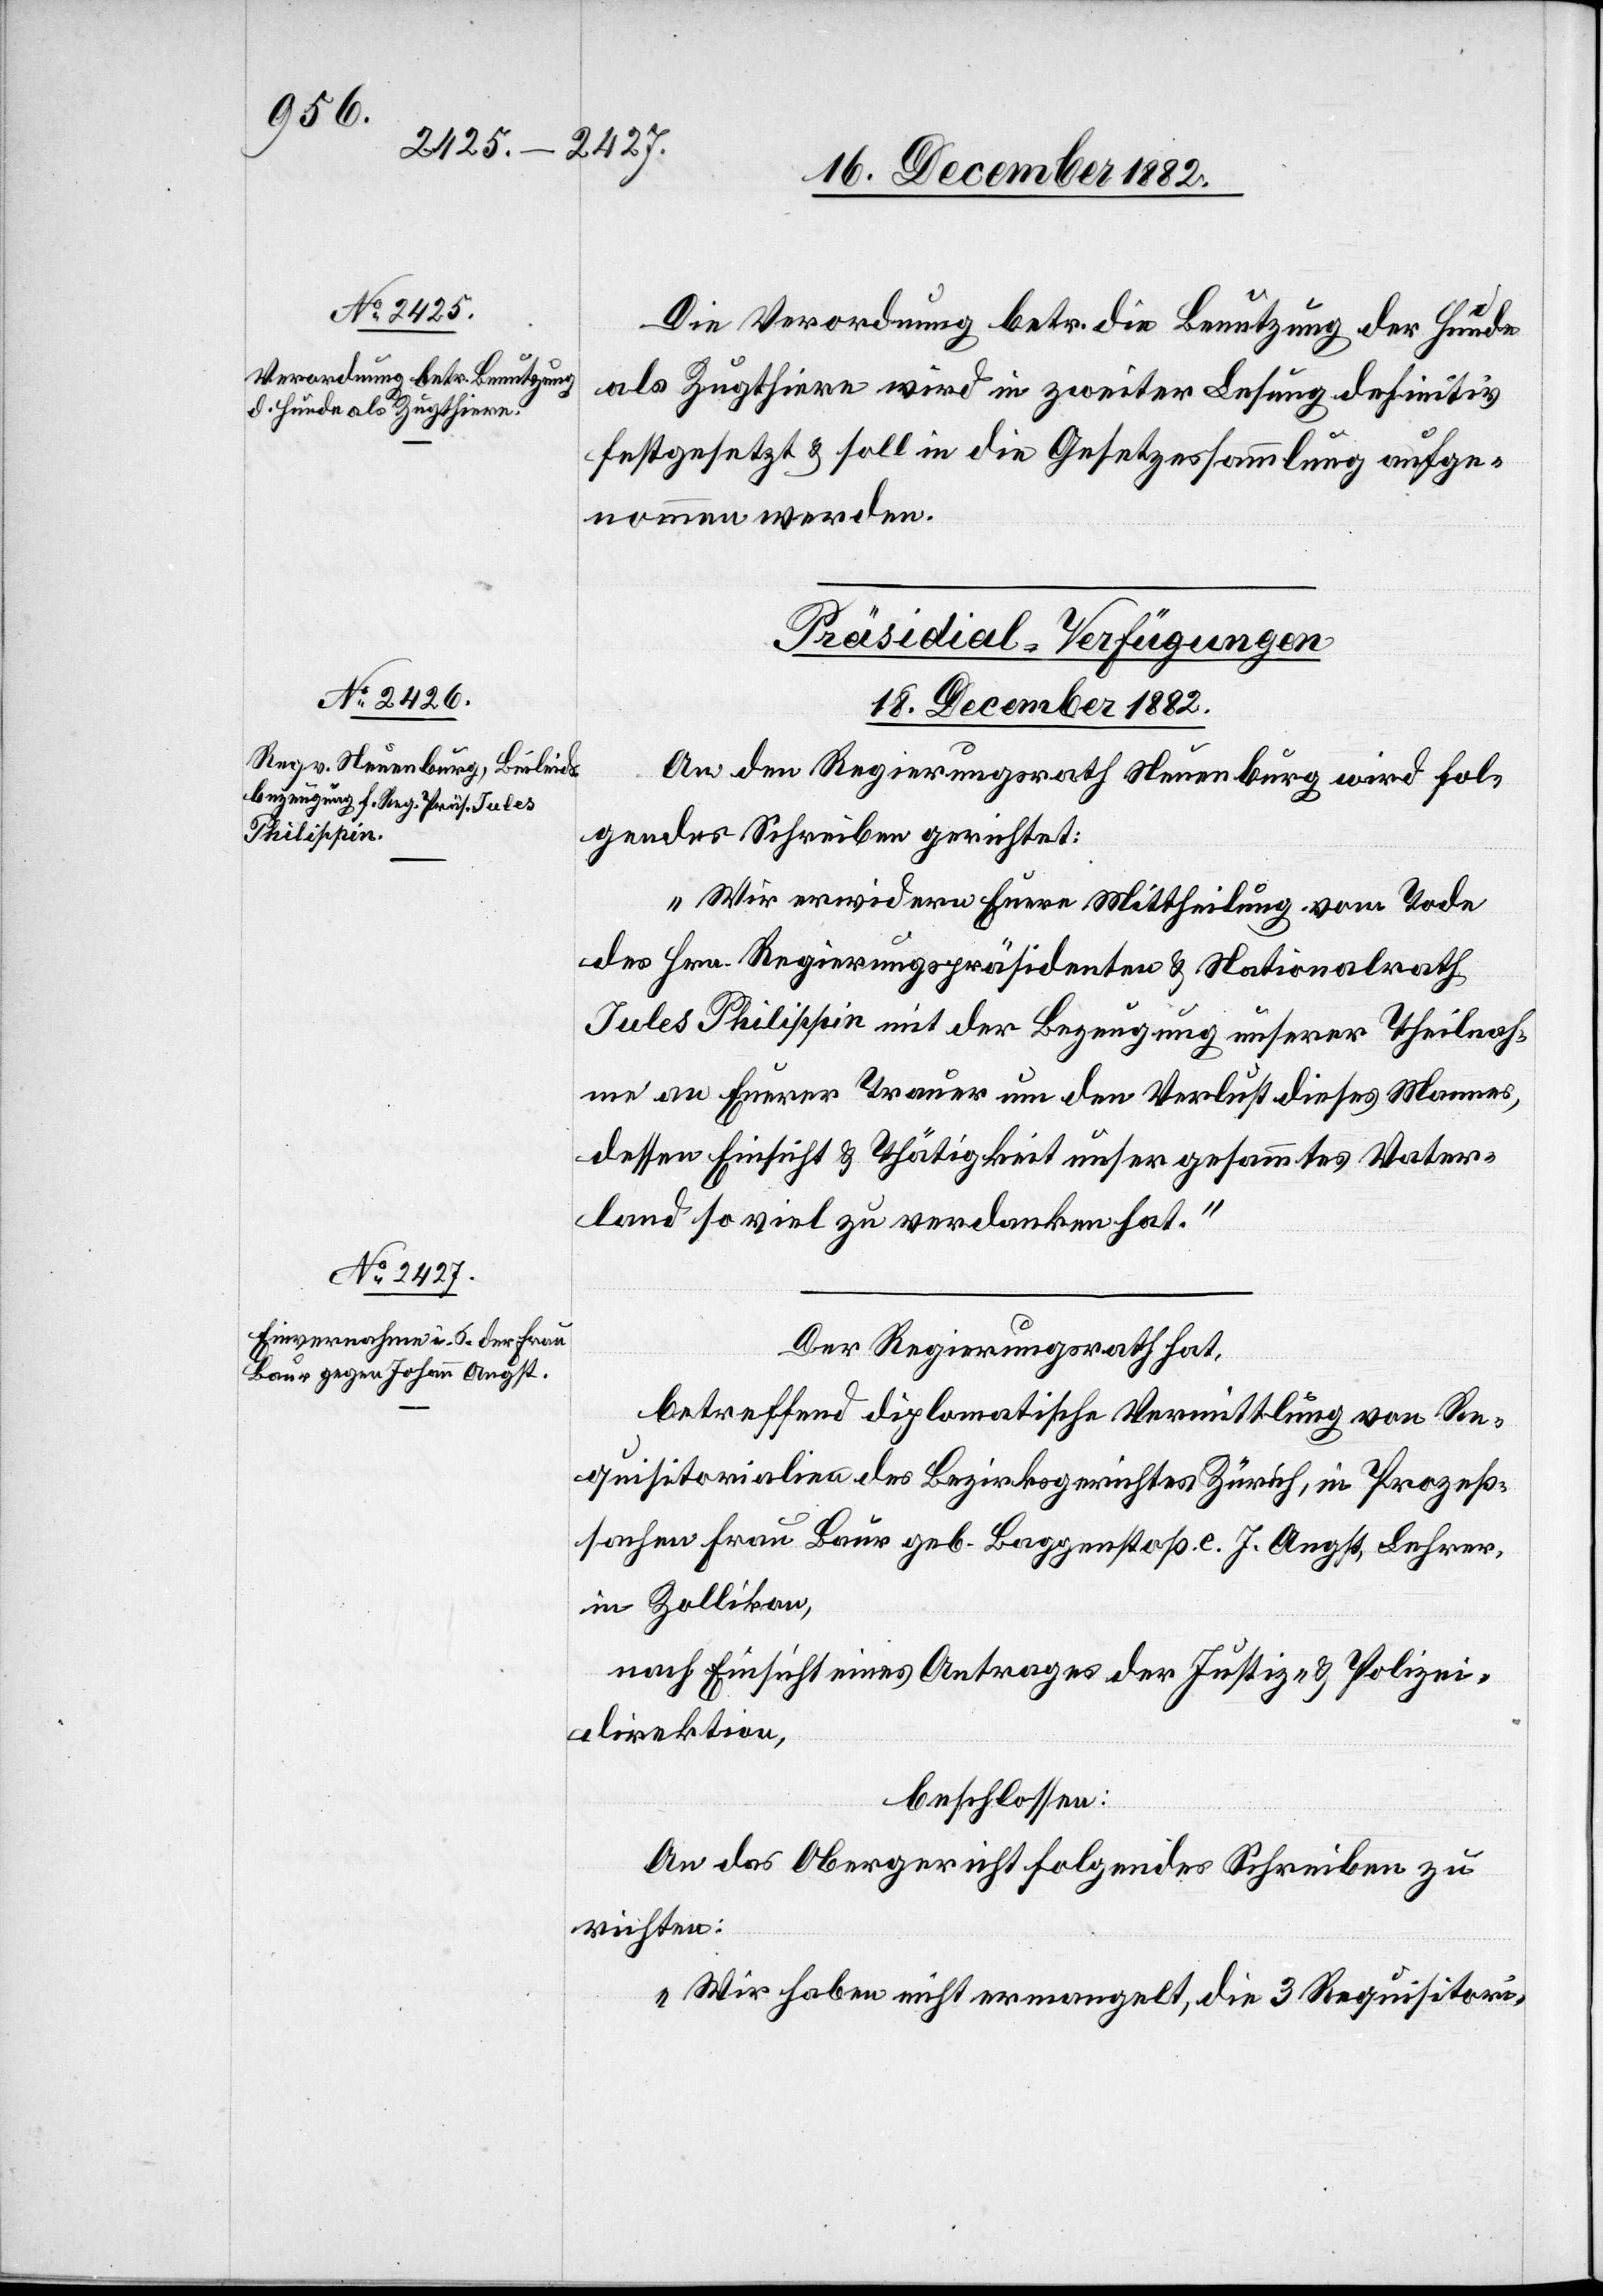
Die Verordnung betr. die Benutzung der Hunde
als Zugthiere wird in zweiter Lesung definitiv
festgesetzt & soll in die Gesetzessammlung aufge¬
nommen werden.
[Präsidial-Verfügungen
18. December 1882.]
An den Regierungsrath Neuenburg wird fol¬
gendes Schreiben gerichtet:
„Wir erwidern Euere Mittheilung vom Tode
des Hrn. Regierungspräsidenten & Nationalrath
Jules Philippin mit der Bezeugung unserer Theilnah¬
me an Euerer Trauer um den Verlust dieses Mannes,
dessen Einsicht & Thätigkeit unser gesammtes Vater¬
land so viel zu verdanken hat.“
Der Regierungsrath hat,
betreffend diplomatische Vermittlung von Re¬
quisitorialien des Bezirksgerichtes Zürich, in Prozeß¬
sachen Frau Baur geb. Baggenstoß c. J. Angst, Lehrer,
in Zollikon,
nach Einsicht eines Antrages der Justiz- & Polizei¬
direktion,
beschlossen:
An das Obergericht folgendes Schreiben zu
richten:
„Wir haben nicht ermangelt, die 3 Requisitori-